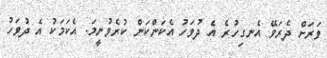
ވަރަށް ދެރަވޭ އެނގިހުރެ އެ ދުވަހު އެކަންކަން ކުރެވުނީމަ. އެކަމަކު އެ ދުވަހު